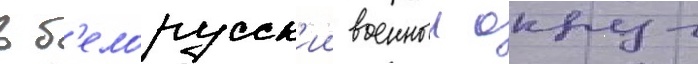
в б'елорусск'ии военныи округ